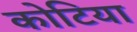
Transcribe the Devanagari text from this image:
कोटिया